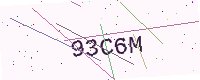
Text: 93C6M